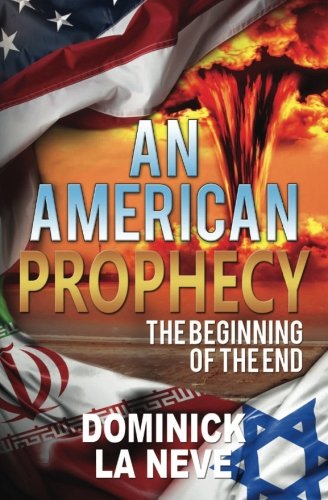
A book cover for An American Prophesy, the Beginning of the End.; Mr. Dominick LaNeve; Christian Books & Bibles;